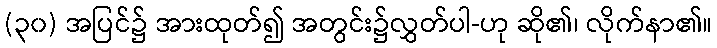
(၃၀) အပြင်၌ အားထုတ်၍ အတွင်း၌လွှတ်ပါ-ဟု ဆို၏၊ လိုက်နာ၏။